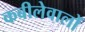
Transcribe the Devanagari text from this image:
कबीलेवालों